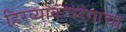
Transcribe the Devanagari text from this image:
हिरव्याकंचरंगाचा